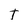
Character: T